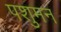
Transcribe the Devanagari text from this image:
पशुमन